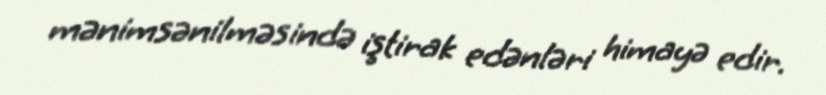
mənimsənilməsində iştirak edənləri himayə edir.